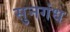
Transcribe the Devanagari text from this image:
सुनगंध